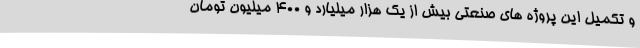
و تکمیل این پروژه های صنعتی بیش از یک هزار میلیارد و 400 میلیون تومان